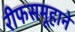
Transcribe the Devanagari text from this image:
रीफसमूहाने